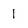
Character: I